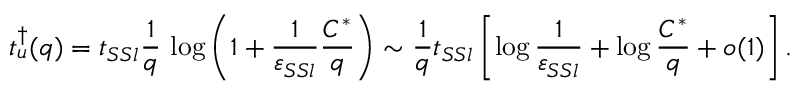
t _ { u } ^ { \dagger } ( q ) = t _ { S S l } \frac { 1 } { q } \, \log \left( 1 + \frac { 1 } { \varepsilon _ { S S l } } \frac { C ^ { * } } { q } \right) \sim \frac 1 q t _ { S S l } \left[ \log \frac { 1 } { \varepsilon _ { S S l } } + \log \frac { C ^ { * } } { q } + o ( 1 ) \right] .